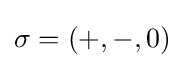
\sigma =(+,-,0)